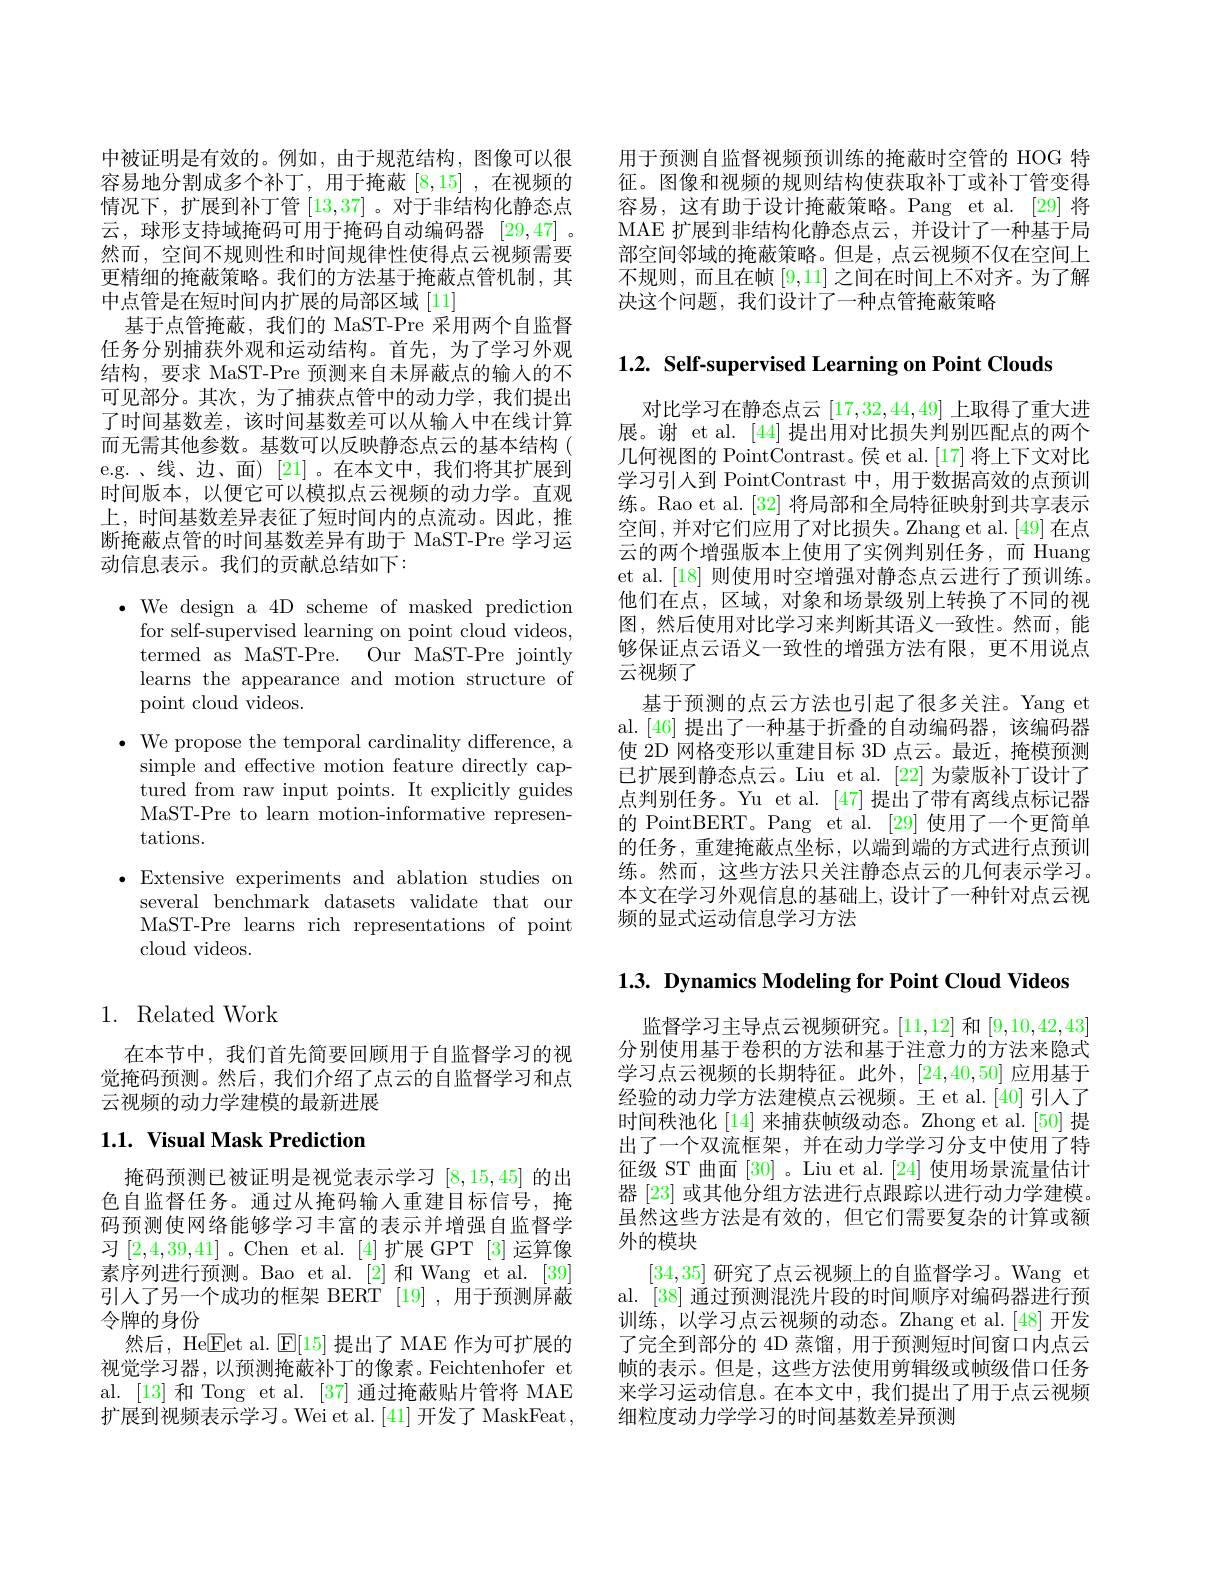
用于预测自监督视频预训练的掩蔽时空管的 HOG 特征。图像和视频的规则结构使获取补丁或补丁管变得容易，这有助于设计掩蔽策略。Pang et al.[29]将MAE 扩展到非结构化静态点云，并设计了一种基于局部空间邻域的掩蔽策略。但是，点云视频不仅在空间上不规则，而且在帧[9,11]之间在时间上不对齐。为了解决这个问题，我们设计了一种点管掩蔽策略

中被证明是有效的。例如，由于规范结构，图像可以很容易地分割成多个补丁，用于掩蔽[8,15] ,在视频的情况下，扩展到补丁管[13,37] 。对于非结构化静态点云，球形支持域掩码可用于掩码自动编码器[29,47] 。然而，空间不规则性和时间规律性使得点云视频需要更精细的掩蔽策略。我们的方法基于掩蔽点管机制，其中点管是在短时间内扩展的局部区域 [11]
基于点管掩蔽，我们的 MaST-Pre 采用两个自监督任务分别捕获外观和运动结构。首先，为了学习外观结构，要求 MaST-Pre 预测来自未屏蔽点的输人的不可见部分。其次，为了捕获点管中的动力学，我们提出了时间基数差，该时间基数差可以从输入中在线计算而无需其他参数。基数可以反映静态点云的基本结构( e.g.、线、边、面)[21]。在本文中，我们将其扩展到时间版本，以便它可以模拟点云视频的动力学。直观上，时间基数差异表征了短时间内的点流动。因此，推断掩蔽点管的时间基数差异有助于 MaST-Pre 学习运动信息表示。我们的贡献总结如下：
$\bullet$ We design a 4D scheme of masked prediction
for self-supervised learning on point cloud videos, termed as MaST-Pre. Our MaST-Pre jointly learns the appearance and motion structure of point cloud videos.
$\bullet$ We propose the temporal cardinality difference, a
simple and effective motion feature directly captured from raw input points. It explicitly guides MaST-Pre to learn motion-informative representations.
$\bullet$ Extensive experiments and ablation studies on
several benchmark datasets validate that our MaST-Pre learns rich representations of point cloud videos.

## 1. Related Work

在本节中，我们首先简要回顾用于自监督学习的视觉掩码预测。然后，我们介绍了点云的自监督学习和点云视频的动力学建模的最新进展

## $1. 1. \textbf{Visual Mask Prediction}$

掩码预测已被证明是视觉表示学习[8,15,45]的出色自监督任务。通过从掩码输入重建目标信号，掩码预测使网络能够学习丰富的表示并增强自监督学习[2,4,39,41]。Chen et al.[4]扩展 GPT[3]运算像素序列进行预测。Bao et al.[2]和 Wang et al.[39] 引入了另一个成功的框架 BERT [19] ,用于预测屏蔽令牌的身份
然后，He$\boxed{\mathrm{F}}$et al. $\boxed{\mathrm{E}}[15]$提出了 MAE 作为可扩展的视觉学习器，以预测掩蔽补丁的像素。Feichtenhofer et al. [13] 和 Tong et al. [37] 通过掩蔽贴片管将 MAE 扩展到视频表示学习。Wei et al.[41] 开发了 MaskFeat,

$1. 2. \textbf{ Self- supervised Learning on Point Clouds}$

对比学习在静态点云[17,32,44,49]上取得了重大进展。谢 et al. [44] 提出用对比损失判别匹配点的两个几何视图的 PointContrast。侯 et al.[17]将上下文对比学习引人到 PointContrast 中，用于数据高效的点预训练。Rao et al. [32] 将局部和全局特征映射到共享表示空间，并对它们应用了对比损失。Zhang et al.[49] 在点云的两个增强版本上使用了实例判别任务，而 Huang et al. [18] 则使用时空增强对静态点云进行了预训练。他们在点，区域，对象和场景级别上转换了不同的视图，然后使用对比学习来判断其语义一致性。然而，能够保证点云语义一致性的增强方法有限，更不用说点云视频了
基于预测的点云方法也引起了很多关注。Yang et al.[46] 提出了一种基于折叠的自动编码器，该编码器使 2D 网格变形以重建目标 3D 点云。最近，掩模预测已扩展到静态点云。Liu et al. [22] 为蒙版补丁设计了点判别任务。Yu et al. [47] 提出了带有离线点标记器的 PointBERT。Pang et al. [29] 使用了一个更简单的任务，重建掩蔽点坐标，以端到端的方式进行点预训练。然而，这些方法只关注静态点云的几何表示学习。本文在学习外观信息的基础上，设计了一种针对点云视频的显式运动信息学习方法

$1. 3. \textbf{ Dynamics Modeling for Point Cloud Videos}$

监督学习主导点云视频研究。[11,12]和[9,10,42,43] 分别使用基于卷积的方法和基于注意力的方法来隐式学习点云视频的长期特征。此外，[24,40,50]应用基于经验的动力学方法建模点云视频。王 et al.[40] 引人了时间秩池化[14]来捕获帧级动态。Zhong et al.[50]提出了一个双流框架，并在动力学学习分支中使用了特征级 ST 曲面[30]。Liu et al.[24] 使用场景流量估计器 [23] 或其他分组方法进行点跟踪以进行动力学建模。虽然这些方法是有效的，但它们需要复杂的计算或额外的模块
[34,35]研究了点云视频上的自监督学习。Wang et al. [38] 通过预测混洗片段的时间顺序对编码器进行预训练，以学习点云视频的动态。Zhang et al.[48] 开发了完全到部分的 4D 蒸馏，用于预测短时间窗口内点云帧的表示。但是，这些方法使用剪辑级或帧级借口任务来学习运动信息。在本文中，我们提出了用于点云视频细粒度动力学学习的时间基数差异预测